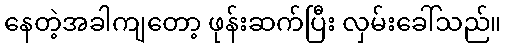
နေတဲ့အခါကျတော့ ဖုန်းဆက်ပြီး လှမ်းခေါ်သည်။